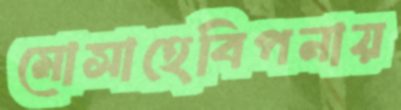
মোসাহেবিপনায়